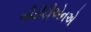
બીટીટીએનએ